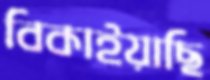
বিকাইয়াছি